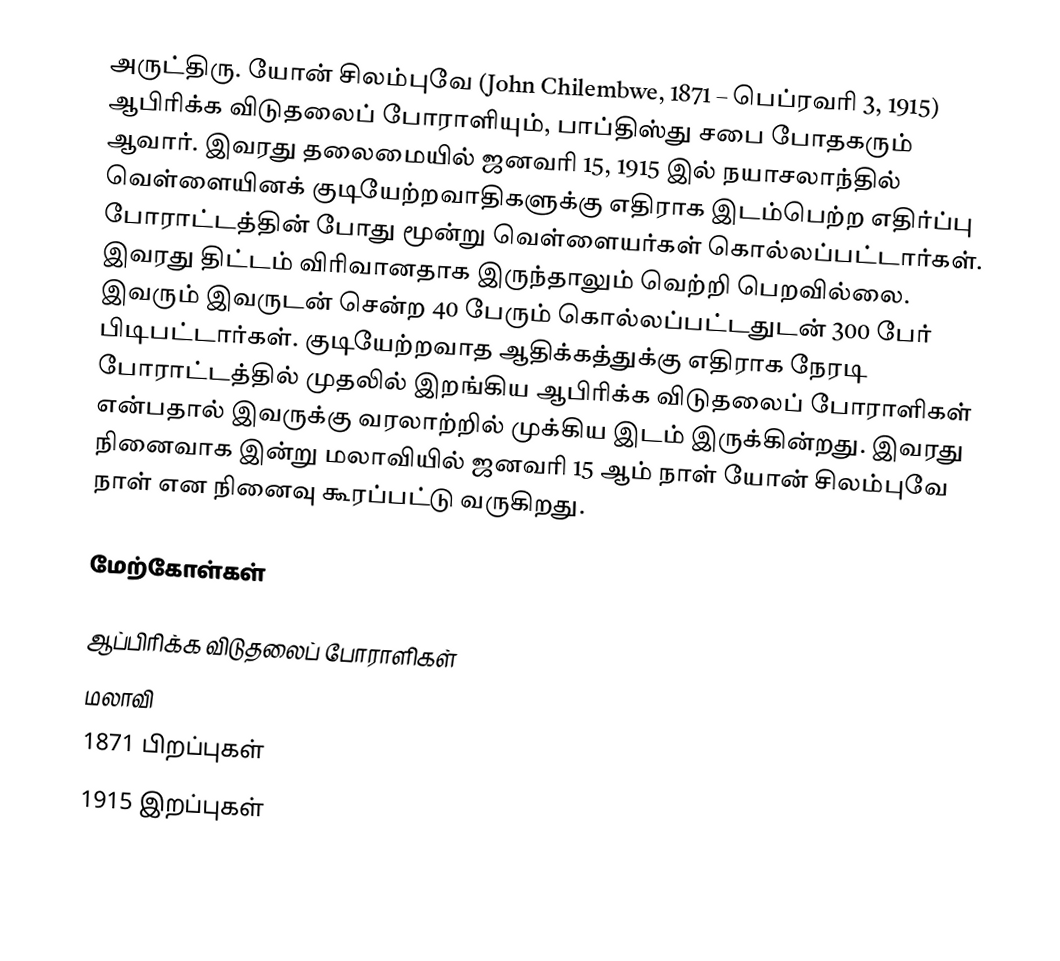
அருட்திரு. யோன் சிலம்புவே (John Chilembwe, 1871 – பெப்ரவரி 3, 1915) ஆபிரிக்க விடுதலைப் போராளியும், பாப்திஸ்து சபை போதகரும் ஆவார். இவரது தலைமையில் ஜனவரி 15, 1915 இல் நயாசலாந்தில் வெள்ளையினக் குடியேற்றவாதிகளுக்கு எதிராக இடம்பெற்ற எதிர்ப்பு போராட்டத்தின் போது மூன்று வெள்ளையர்கள் கொல்லப்பட்டார்கள். இவரது திட்டம் விரிவானதாக இருந்தாலும் வெற்றி பெறவில்லை. இவரும் இவருடன் சென்ற 40 பேரும் கொல்லப்பட்டதுடன் 300 பேர் பிடிபட்டார்கள். குடியேற்றவாத ஆதிக்கத்துக்கு எதிராக நேரடி போராட்டத்தில் முதலில் இறங்கிய ஆபிரிக்க விடுதலைப் போராளிகள் என்பதால் இவருக்கு வரலாற்றில் முக்கிய இடம் இருக்கின்றது. இவரது நினைவாக இன்று மலாவியில் ஜனவரி 15 ஆம் நாள் யோன் சிலம்புவே நாள் என நினைவு கூரப்பட்டு வருகிறது.

மேற்கோள்கள்

ஆப்பிரிக்க விடுதலைப் போராளிகள்
மலாவி
1871 பிறப்புகள்
1915 இறப்புகள்